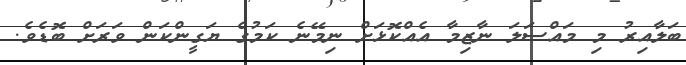
ބަލާއިރު މި މައްސަލަ ނާޒިމާ އެއްކޮޅަށް ނިމޭނެ ކަމުގެ ޔަގީންކަން ވަރަށް ބޮޑެވެ.